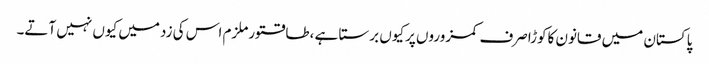
پاکستان میں قانون کاکوڑاصرف کمزوروں پرکیوں برستا ہے ،طاقتورملزم اس کی زدمیں کیوں نہیں آتے۔